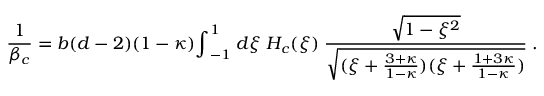
{ \frac { 1 } { \beta _ { c } } } = b ( d - 2 ) ( 1 - \kappa ) { \int } _ { - 1 } ^ { 1 } \; d \xi \; H _ { c } ( \xi ) \; { \frac { \sqrt { 1 - \xi ^ { 2 } } } { \sqrt { ( \xi + \frac { 3 + \kappa } { 1 - \kappa } ) ( \xi + \frac { 1 + 3 \kappa } { 1 - \kappa } ) } } } \; .